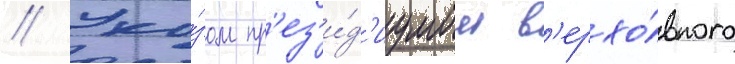
// Ука́зом пр'ез'и́д'иумом в'ерхо́вного